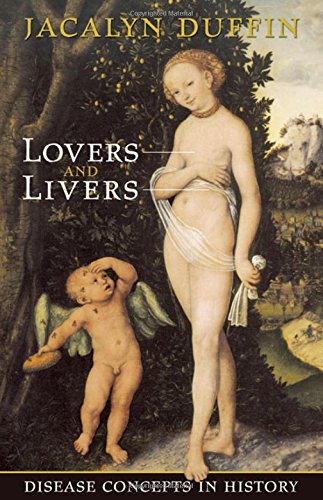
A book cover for Lovers and Livers: Disease Concepts in History (Joanne Goodman Lectures); Jacalyn Duffin; Health, Fitness & Dieting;